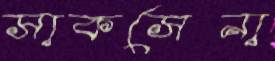
সাকসেনা